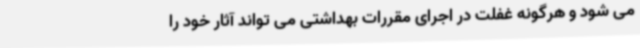
می شود و هرگونه غفلت در اجرای مقررات بهداشتی می تواند آثار خود را